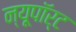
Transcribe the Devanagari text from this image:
न्यूपाॅर्ट